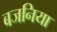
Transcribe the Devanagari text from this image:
बजनिया